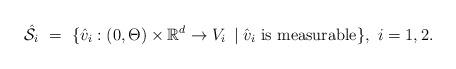
LaTeX: \begin{align*}\hat{\mathcal S}_i \ = \ \{ \hat v_i : (0, \Theta) \times \mathbb{R}^d \to V_i \, \; | \; \hat v_i \ {\rm is\ measurable} \}, \ i=1,2.\end{align*}